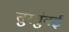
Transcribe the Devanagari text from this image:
तुरगुंबई